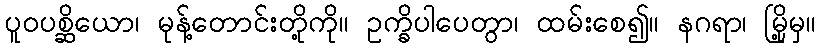
ပူဝပစ္ဆိယော၊ မုန့်တောင်းတို့ကို။ ဥက္ခိပါပေတွာ၊ ထမ်းစေ၍။ နဂရာ၊ မြို့မှ။